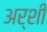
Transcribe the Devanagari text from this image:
अर्शी